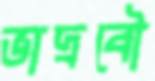
ভাদ্রবৌ